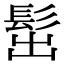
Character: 𩬢